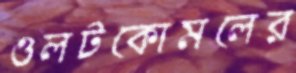
ওলটকোমলের